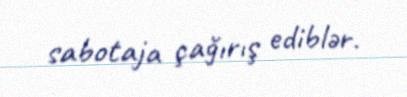
sabotaja çağırış ediblər.